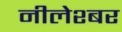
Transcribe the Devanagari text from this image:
नीलेश्बर